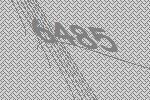
6485